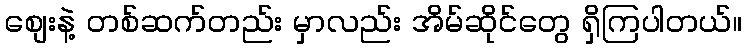
စျေးနဲ့ တစ်ဆက်တည်း မှာလည်း အိမ်ဆိုင်တွေ ရှိကြပါတယ်။